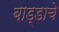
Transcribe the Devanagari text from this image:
बाड्डाचे